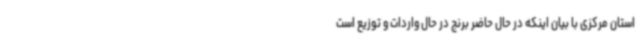
استان مرکزی با بیان اینکه در حال حاضر برنج در حال واردات و توزیع است